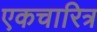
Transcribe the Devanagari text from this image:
एकचारित्र